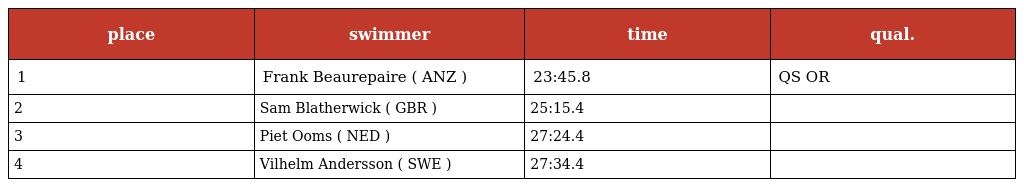
| place | swimmer | time | qual. |
 | --- | --- | --- | --- |
 | 1 | Frank Beaurepaire ( ANZ ) | 23:45.8 | QS OR |
 | 2 | Sam Blatherwick ( GBR ) | 25:15.4 |  |
 | 3 | Piet Ooms ( NED ) | 27:24.4 |  |
 | 4 | Vilhelm Andersson ( SWE ) | 27:34.4 |  |